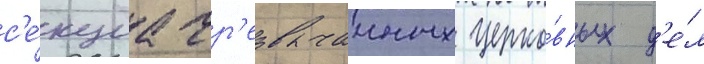
с'е́кциа чр'езвычаиных церко́вных д'е́л